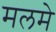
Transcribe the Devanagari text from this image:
मलमे